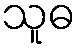
သူဓ